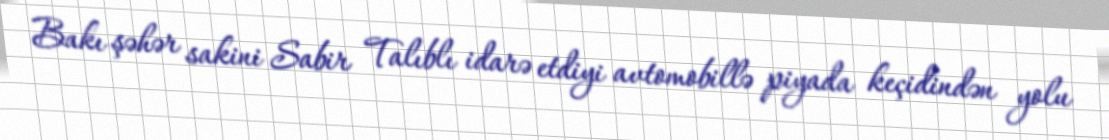
Bakı şəhər sakini Sabir Talıblı idarə etdiyi avtomobillə piyada keçidindən yolu